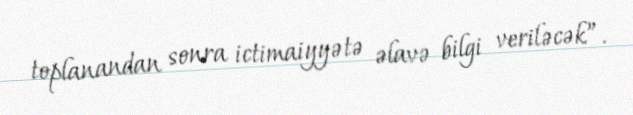
toplanandan sonra ictimaiyyətə əlavə bilgi veriləcək”.